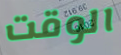
الوقت